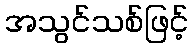
အသွင်သစ်ဖြင့်